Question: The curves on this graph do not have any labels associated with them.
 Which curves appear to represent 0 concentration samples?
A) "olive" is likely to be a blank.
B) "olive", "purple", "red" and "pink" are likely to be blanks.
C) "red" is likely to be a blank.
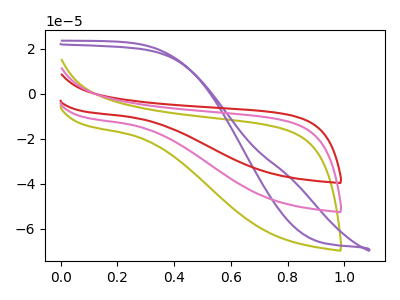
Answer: <think>The olive curve "olive" has no peaks. The purple curve "purple" has no peaks. The red curve "red" has no peaks. The pink curve "pink" has no peaks.</think>
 <answer>B) "olive", "purple", "red" and "pink" are likely to be blanks.</answer>
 <eval>B</eval>